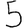
Digit: 5